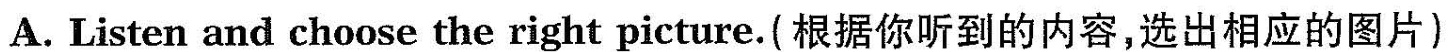
A. Listen and choose the right picture.(根据你听到的内容,选出相应的图片)